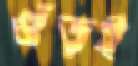
গুঁড়ই